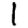
Digit: 1